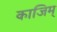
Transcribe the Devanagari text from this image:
काजिम्